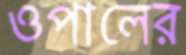
ওপালের